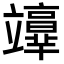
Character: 𥫉